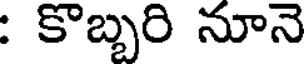
: కొబ్బరి నూనె